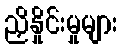
ညှိနှိုင်းမှုများ